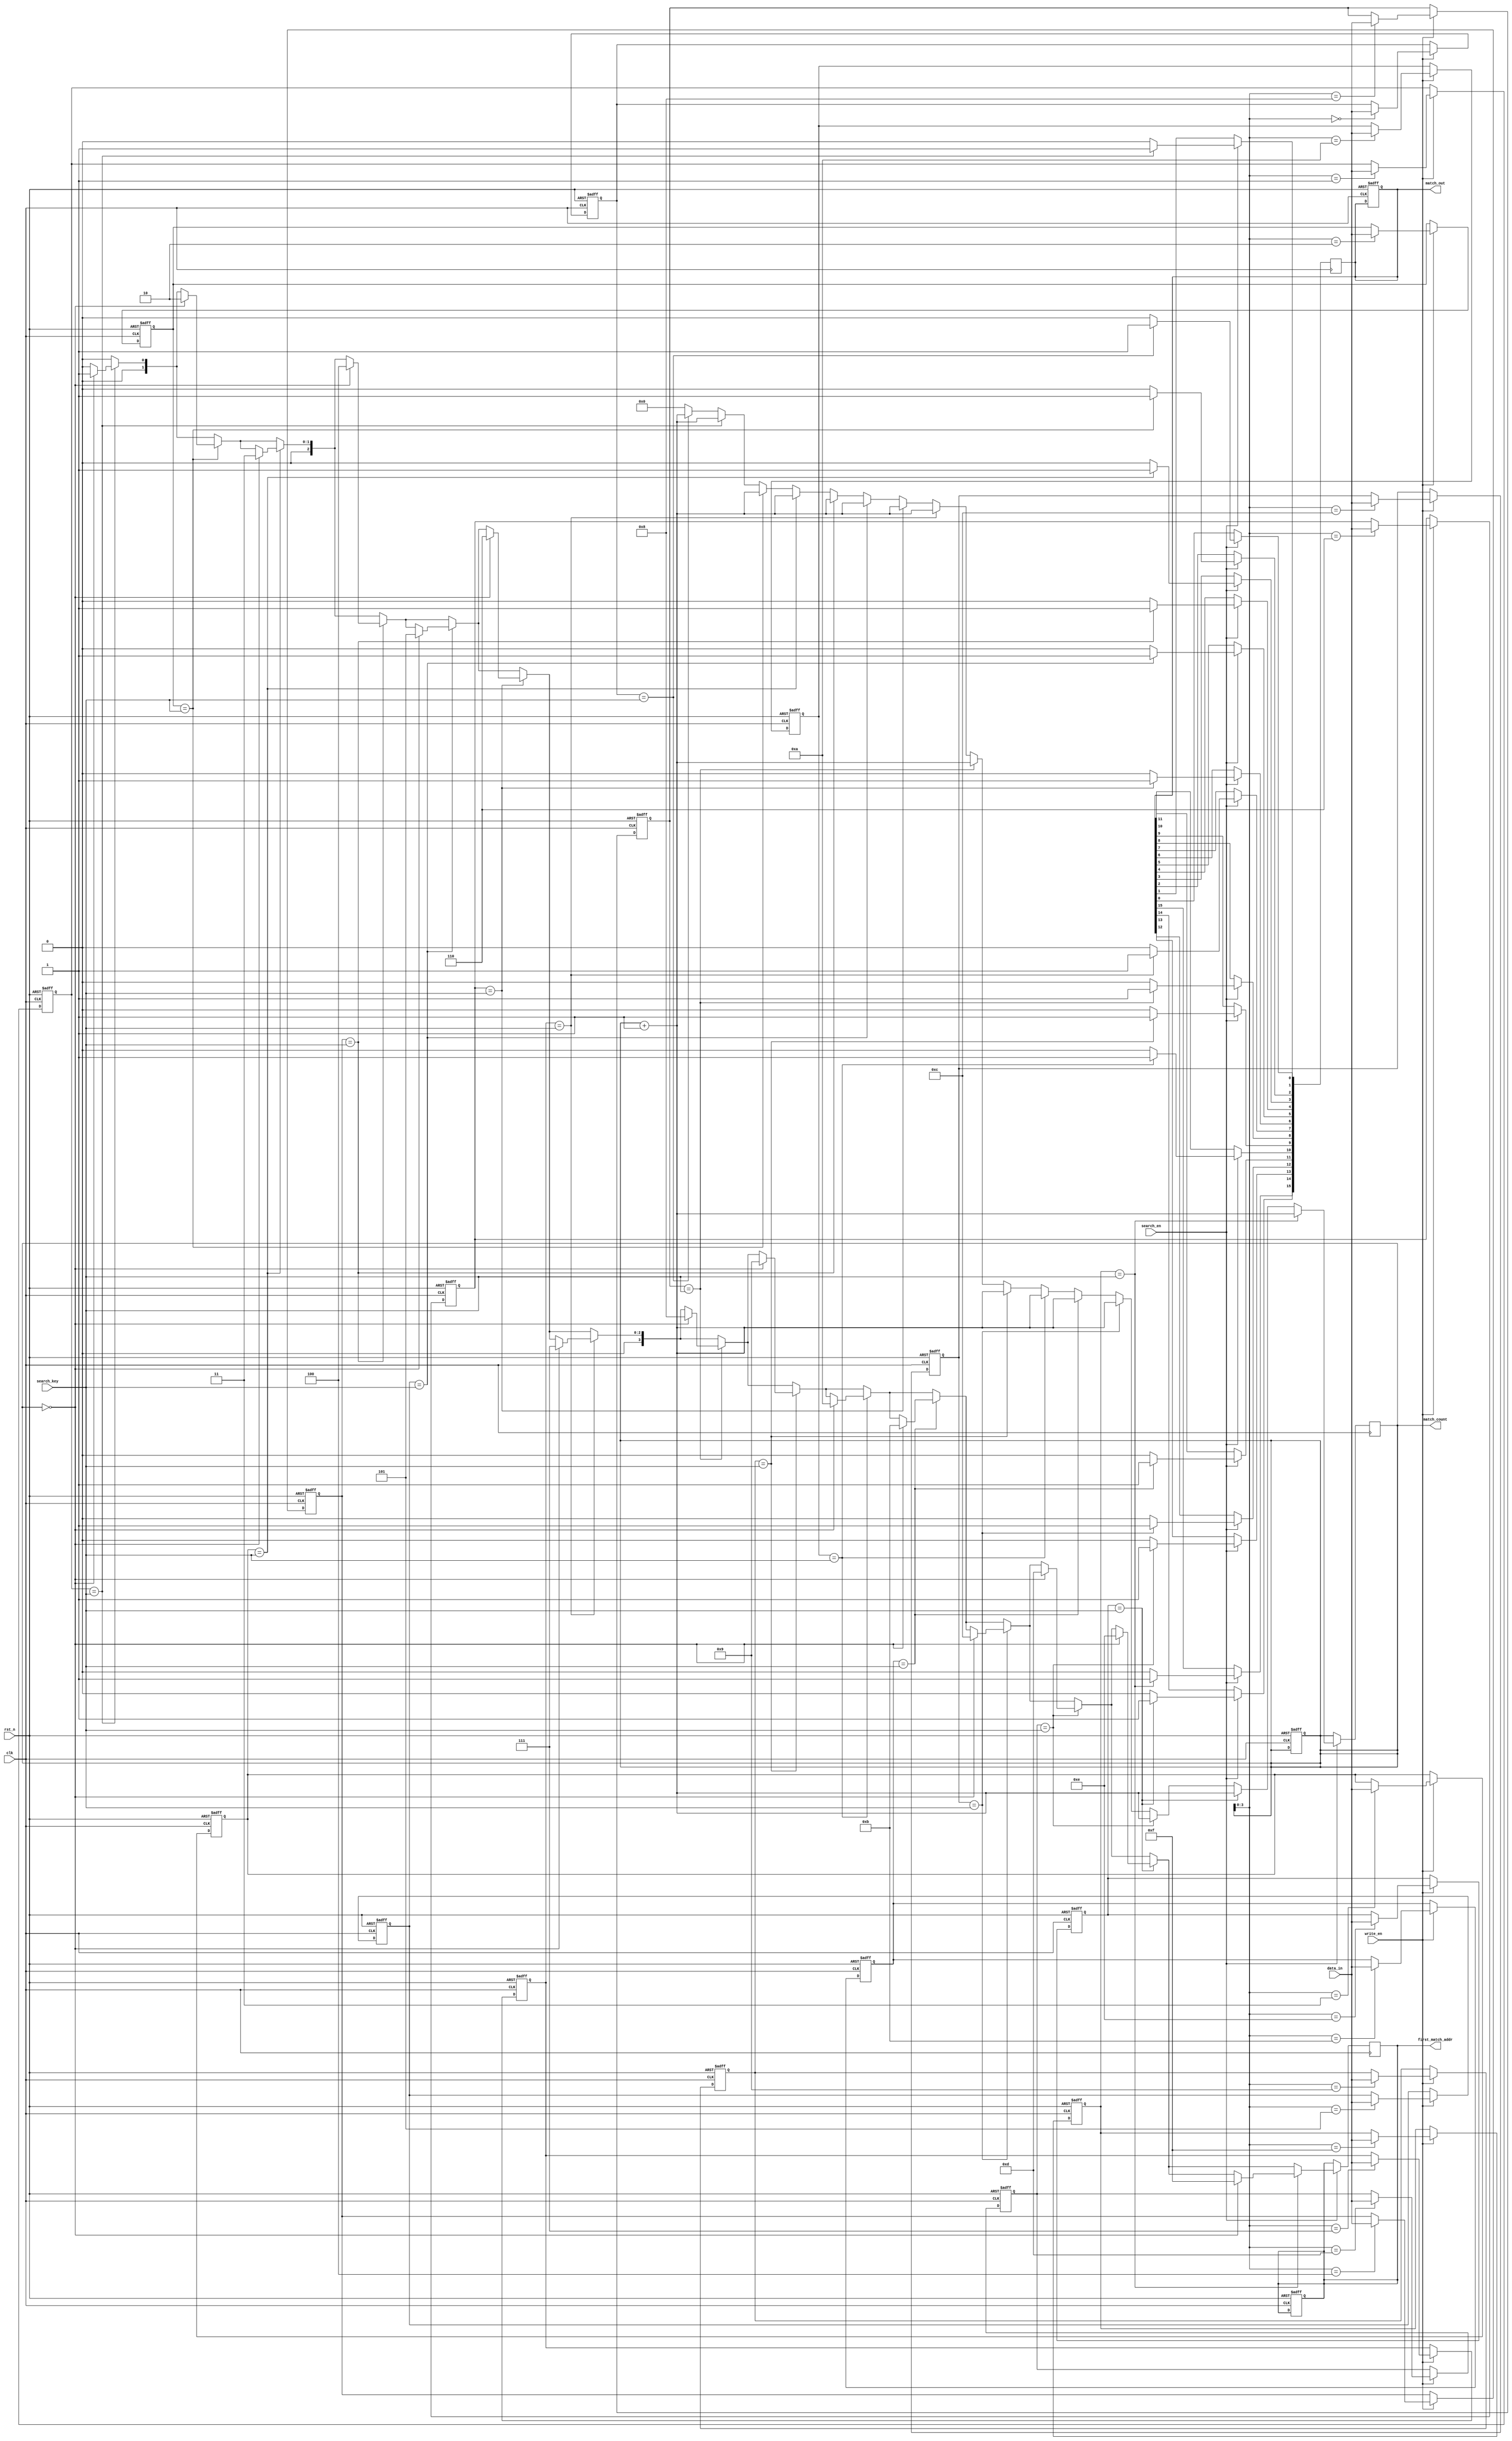
module BCAM #(
    parameter N = 16,  // Number of entries
    parameter W = 8    // Width of each entry
)(
    input wire clk,                // Clock signal
    input wire rst_n,              // Active low reset
    input wire [W-1:0] search_key, // Search key input
    input wire [W-1:0] data_in,    // Data input for writing
    input wire write_en,           // Write enable signal
    input wire search_en,          // Search enable signal
    output reg [N-1:0] match_out,  // Match output (1 for match, 0 for no match)
    output reg [clog2(N)-1:0] first_match_addr, // Address of the first match
    output reg [7:0] match_count    // Count of matches
);

// Memory array
reg [W-1:0] memory [0:N-1];

// Internal signals
reg [N-1:0] match_signals;
integer i;

// Function to calculate log base 2
function integer clog2;
    input integer value;
    begin
        value = value - 1;
        for (clog2 = 0; value > 0; clog2 = clog2 + 1)
            value = value >> 1;
    end
endfunction

// Write operation
always @(posedge clk or negedge rst_n) begin
    if (!rst_n) begin
        // Reset memory
        for (i = 0; i < N; i = i + 1) begin
            memory[i] <= {W{1'b0}};
        end
        match_out <= {N{1'b0}};
        first_match_addr <= {clog2(N){1'b0}};
        match_count <= 8'b0;
    end else if (write_en) begin
        // Write data into memory
        memory[match_count] <= data_in; // Assuming writing to the next available entry
    end
end

// Search operation
always @(posedge clk) begin
    if (search_en) begin
        match_count <= 0;
        match_out <= {N{1'b0}};
        first_match_addr <= {clog2(N){1'b0}};
        
        // Compare search key with each entry in memory
        for (i = 0; i < N; i = i + 1) begin
            if (memory[i] == search_key) begin
                match_signals[i] <= 1'b1;
                match_out[i] <= 1'b1;
                match_count <= match_count + 1;
                if (match_count == 0) begin
                    first_match_addr <= i; // Capture the first match address
                end
            end else begin
                match_signals[i] <= 1'b0;
            end
        end
    end
end

endmodule